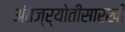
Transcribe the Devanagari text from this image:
अंतज्र्योतीसारखी